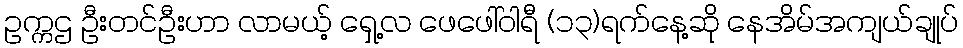
ဥက္ကဌ ဦးတင်ဦးဟာ လာမယ့် ရှေ့လ ဖေဖေါ်ဝါရီ (၁၃)ရက်နေ့ဆို နေအိမ်အကျယ်ချုပ်